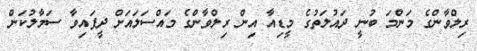
ރިލްވާންގެ މަންމަ ބުނީ ދައުލަތުގެ މީޑިއާ އިން ރިލްވާންގެ މައްސަލައަށް ދީފައިވާ ސަމާލުކަން